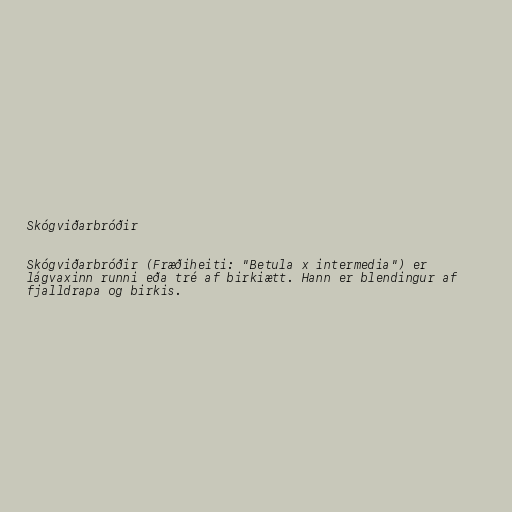
Skógviðarbróðir

Skógviðarbróðir (Fræðiheiti: "Betula x intermedia") er
lágvaxinn runni eða tré af birkiætt. Hann er blendingur af
fjalldrapa og birkis.